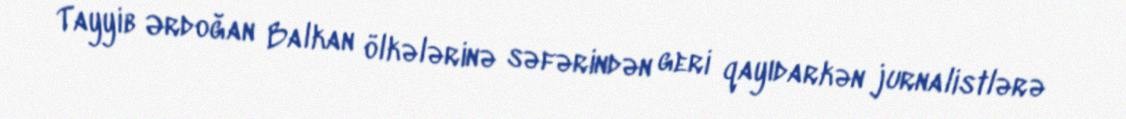
Tayyib Ərdoğan Balkan ölkələrinə səfərindən geri qayıdarkən jurnalistlərə